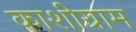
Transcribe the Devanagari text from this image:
काशीग्राम